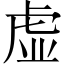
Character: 虚